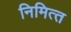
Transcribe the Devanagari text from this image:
निमित्‍त